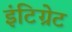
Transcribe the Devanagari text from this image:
इंटिग्रेट